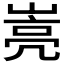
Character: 𰎭